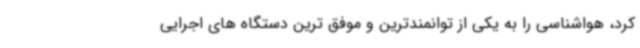
کرد، هواشناسی را به یکی از توانمندترین و موفق ترین دستگاه های اجرایی